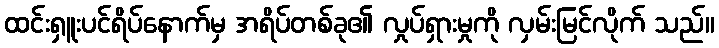
ထင်းရှူးပင်ရိပ်နောက်မှ အရိပ်တစ်ခု၏ လှုပ်ရှားမှုကို လှမ်းမြင်လိုက် သည်။